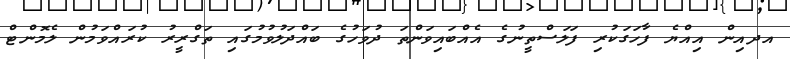
އދއިން އިއްޔެ ފާހަގަކުރި ފަލަސްތީނުގެ އެއްބައިވަންތަ ދުވަހުގެ ބައްދަލުވުމުގައި ތަގްރީރު ކުރައްވަމުން ލެމޮންޓް